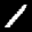
Label: 1